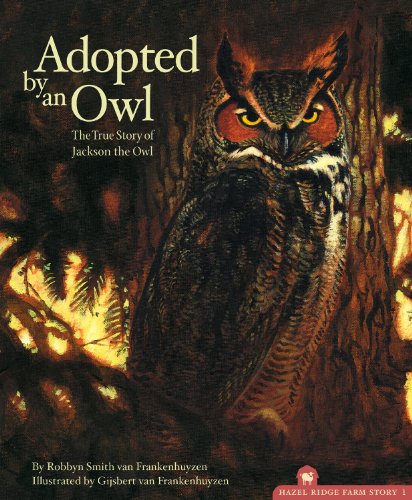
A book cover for Adopted By An Owl: The True Story of Jackson the Owl (The Hazel Ridge Farm Stories); Robbyn Smith van Frankenhuyzen; Children's Books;